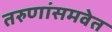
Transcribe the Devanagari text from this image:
तरुणांसमवेत